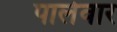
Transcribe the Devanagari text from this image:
पालेवार